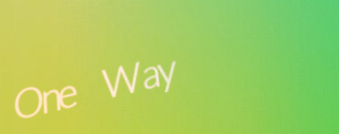
One Way